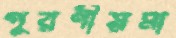
পূরণীয়মা